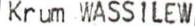
Krum WASSILEW